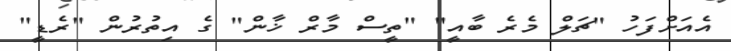
އެއަށްފަހު "ޗަލް މެރެ ބާއީ" "ތީސް މާރް ޚާން" ގެ އިތުރުން "ރެޑީ"